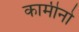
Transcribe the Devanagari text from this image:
कामीनो